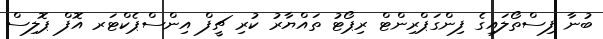
ބުނާ ފިސްތޯލައިގެ ފިންގަޕްރިންޓް ރިޕޯޓު ތައްޔާރު ކުރި ޗީފް އިންސްޕެކްޓަރ އޮފް ޕޮލިސް